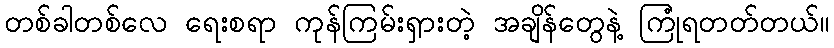
တစ်ခါတစ်လေ ရေးစရာ ကုန်ကြမ်းရှားတဲ့ အချိန်တွေနဲ့ ကြုံရတတ်တယ်။